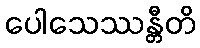
ပေါသေဿန္တီတိ